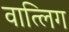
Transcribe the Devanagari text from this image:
वात्लिग